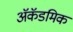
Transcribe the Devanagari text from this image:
ॲकॅडमिक